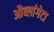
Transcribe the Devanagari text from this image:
औब्लांगेटा